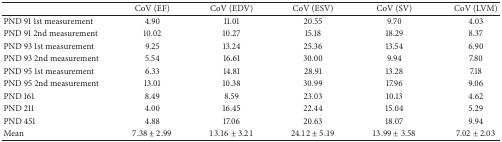
|  | CoV (EF) | CoV (EDV) | CoV (ESV) | CoV (SV) | CoV (LVM) |
 | --- | --- | --- | --- | --- | --- |
 | PND 91 1st measurement | 4.90 | 11.01 | 20.55 | 9.70 | 4.03 |
 | PND 91 2nd measurement | 10.02 | 10.27 | 15.18 | 18.29 | 8.37 |
 | PND 93 1st measurement | 9.25 | 13.24 | 25.36 | 13.54 | 6.90 |
 | PND 93 2nd measurement | 5.54 | 16.61 | 30.00 | 9.94 | 7.80 |
 | PND 95 1st measurement | 6.33 | 14.81 | 28.91 | 13.28 | 7.18 |
 | PND 95 2nd measurement | 13.01 | 10.38 | 30.99 | 17.96 | 9.06 |
 | PND 161 | 8.49 | 8.59 | 23.03 | 10.13 | 4.62 |
 | PND 211 | 4.00 | 16.45 | 22.44 | 15.04 | 5.29 |
 | PND 451 | 4.88 | 17.06 | 20.63 | 18.07 | 9.94 |
 | Mean | 7.38 ± 2.99 | 13.16 ± 3.21 | 24.12 ± 5.19 | 13.99 ± 3.58 | 7.02 ± 2.03 |